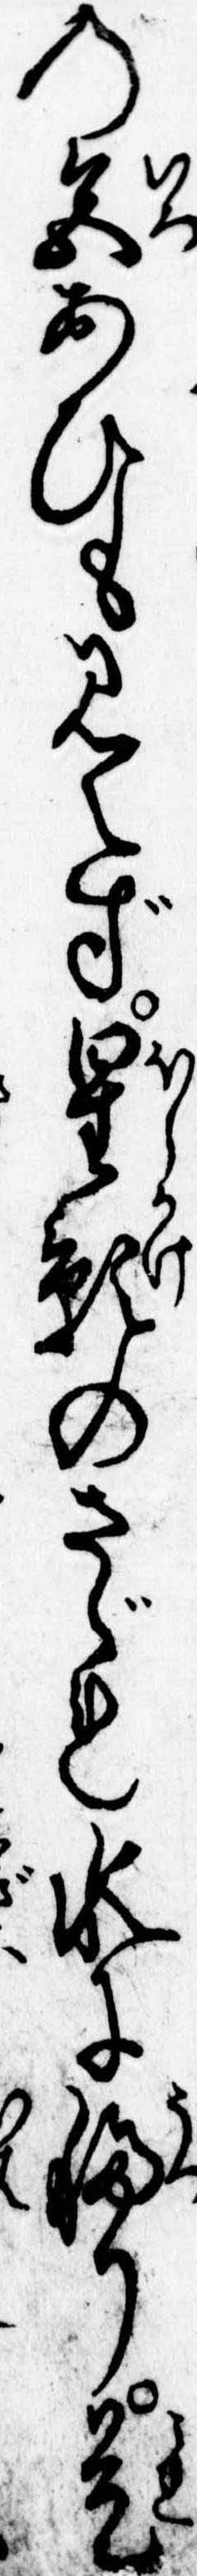
の色あひも見えず星影のさゞれ水に移り是